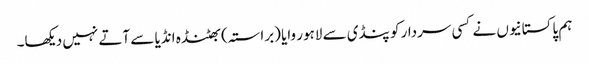
ہم پاکستانیوں نے کسی سردار کو پنڈی سے لاہور وایا (براستہ) بھٹنڈہ انڈیا سے آتے نہیں دیکھا۔